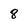
Character: 8